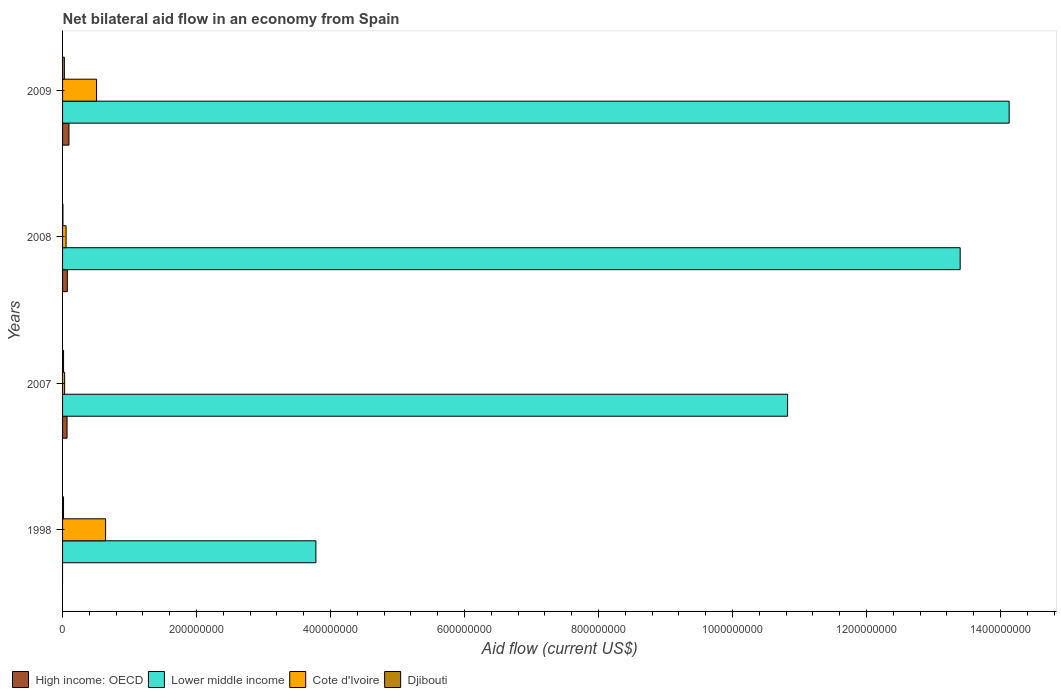
| Years | High income: OECD | Lower middle income | Cote d'Ivoire | Djibouti |
 | --- | --- | --- | --- | --- |
 | 1998 | -2.61e+06 | 3.78e+08 | 6.42e+07 | 1.43e+06 |
 | 2007 | 6.7e+06 | 1.08e+09 | 3.09e+06 | 1.49e+06 |
 | 2008 | 7.14e+06 | 1.34e+09 | 5.23e+06 | 5.6e+05 |
 | 2009 | 9.56e+06 | 1.41e+09 | 5.08e+07 | 2.67e+06 |